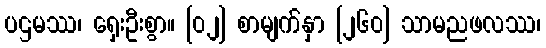
ပဌမဿ၊ ရှေးဦးစွာ။ [၀၂] စာမျက်နှာ [၂၆၀] သာမညဖလဿ၊